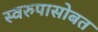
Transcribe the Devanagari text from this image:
स्वरुपासोबत